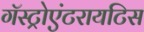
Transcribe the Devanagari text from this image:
गॅस्ट्रोएंटरायटिस